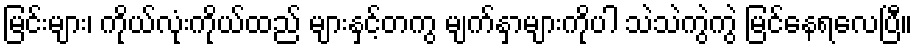
မြင်းများ၊ ကိုယ်လုံးကိုယ်ထည် များနှင့်တကွ မျက်နှာများကိုပါ သဲသဲကွဲကွဲ မြင်နေရလေပြီ။